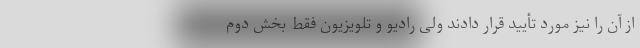
از آن را نیز مورد تأیید قرار دادند ولی رادیو و تلویزیون فقط بخش دوم